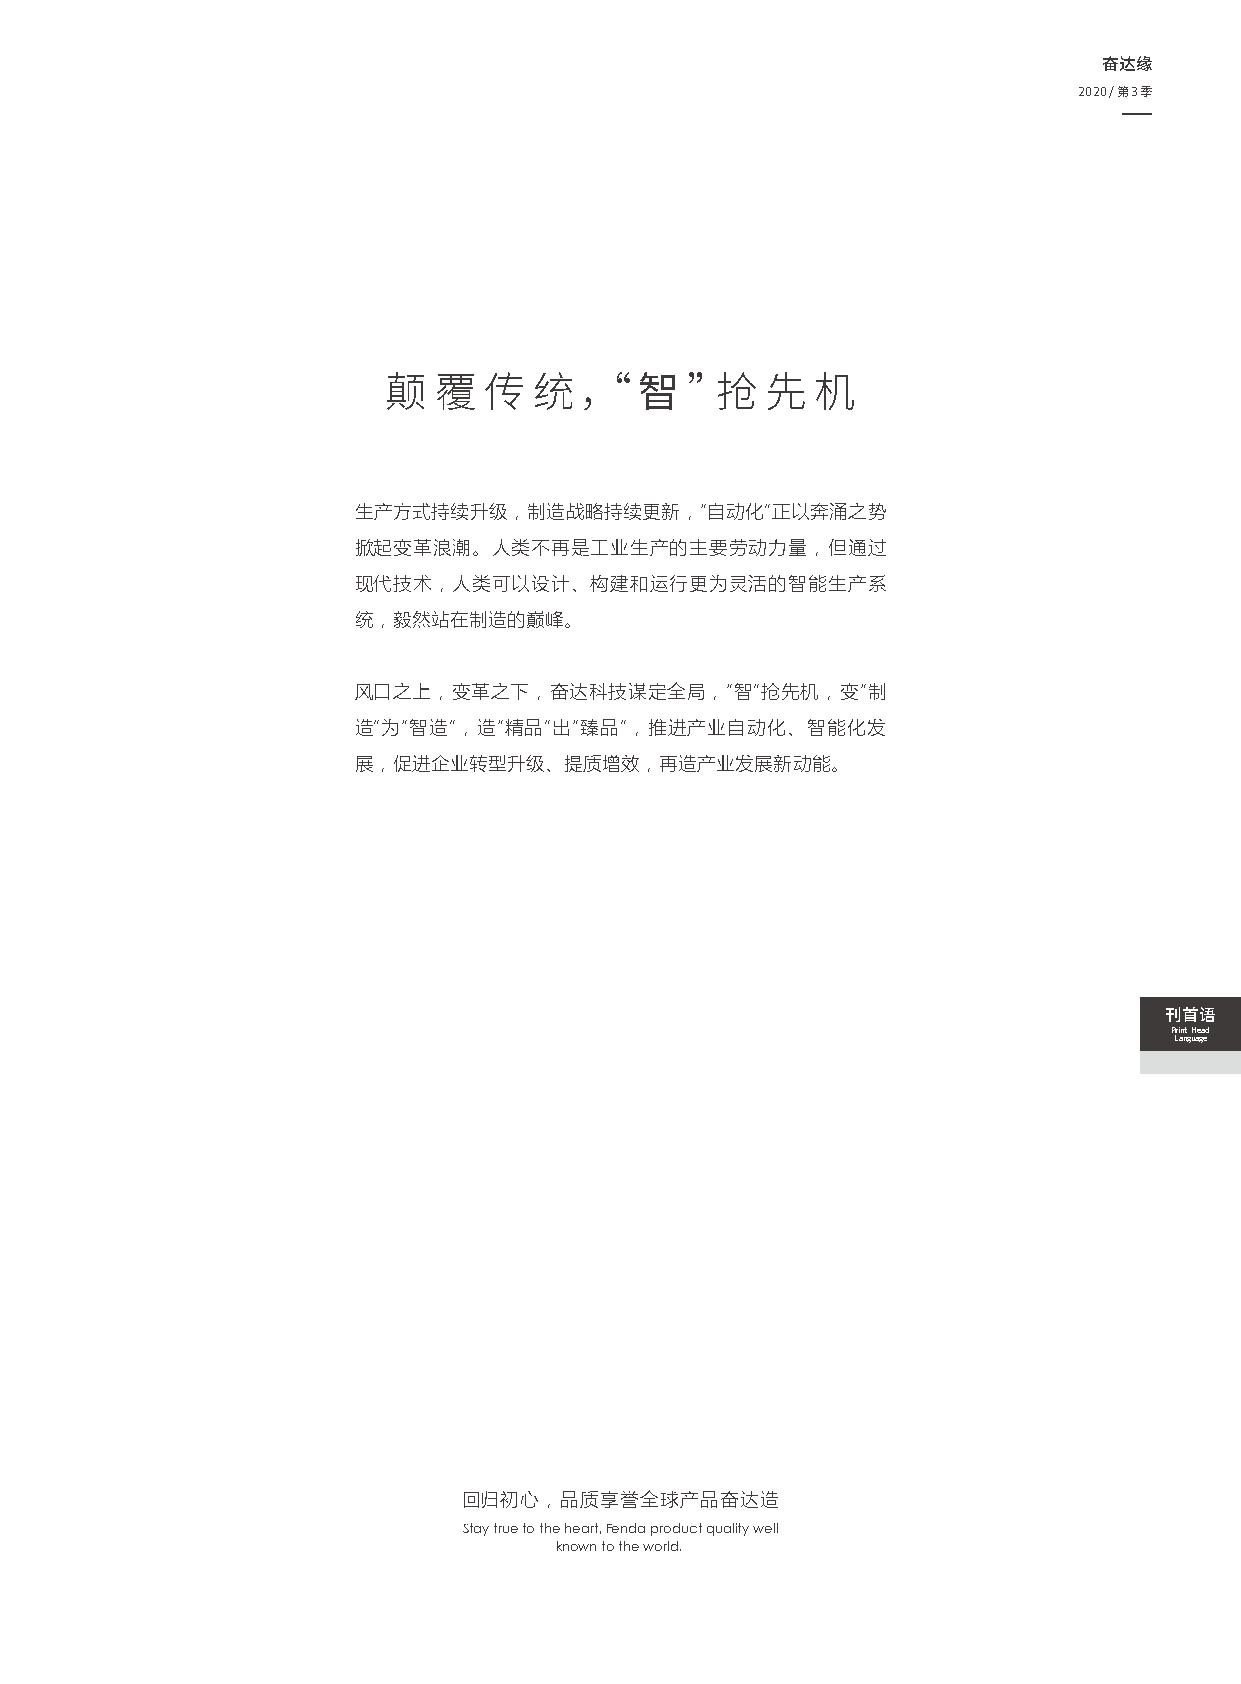
奋达缘
 2020/第3季
 颠  覆  传  统，“    智   ”抢   先  机
 生产方式持续升级，制造战略持续更新，“自动化”正以奔涌之势
 掀起变革浪潮。人类不再是工业生产的主要劳动力量，但通过
 现代技术，人类可以设计、构建和运行更为灵活的智能生产系
 统，毅然站在制造的巅峰。
 风口之上，变革之下，奋达科技谋定全局，“智”抢先机，变“制
 造”为“智造”，造“精品”出“臻品”，推进产业自动化、智能化发
 展，促进企业转型升级、提质增效，再造产业发展新动能。
 刊⾸语
 Print Head
 Language
 回归初心，品质享誉全球产品奋达造
 Stay true to the heart,Fenda product quality well
 known to the world.